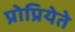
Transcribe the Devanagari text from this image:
प्रोप्रियेते